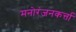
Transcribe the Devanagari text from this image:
मनोरंजनकर्त्ता